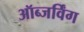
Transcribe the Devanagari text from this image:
ऑब्जर्विंग